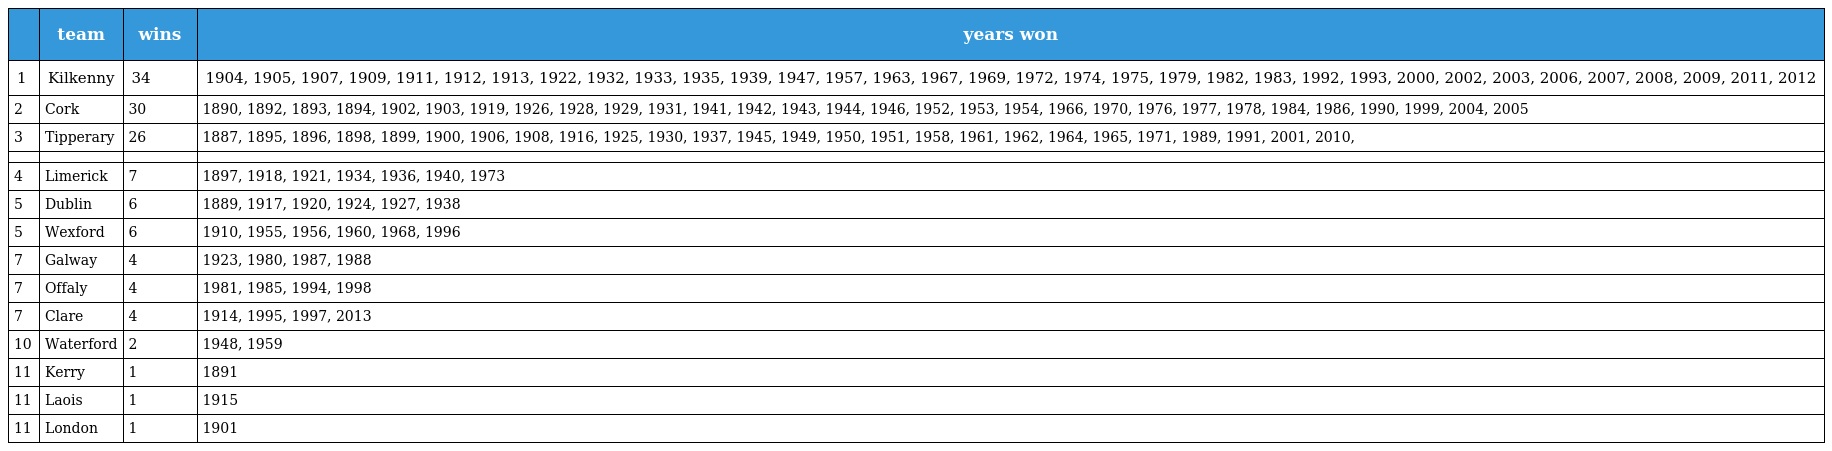
|  | team | wins | years won |
 | --- | --- | --- | --- |
 | 1 | Kilkenny | 34 | 1904, 1905, 1907, 1909, 1911, 1912, 1913, 1922, 1932, 1933, 1935, 1939, 1947, 1957, 1963, 1967, 1969, 1972, 1974, 1975, 1979, 1982, 1983, 1992, 1993, 2000, 2002, 2003, 2006, 2007, 2008, 2009, 2011, 2012 |
 | 2 | Cork | 30 | 1890, 1892, 1893, 1894, 1902, 1903, 1919, 1926, 1928, 1929, 1931, 1941, 1942, 1943, 1944, 1946, 1952, 1953, 1954, 1966, 1970, 1976, 1977, 1978, 1984, 1986, 1990, 1999, 2004, 2005 |
 | 3 | Tipperary | 26 | 1887, 1895, 1896, 1898, 1899, 1900, 1906, 1908, 1916, 1925, 1930, 1937, 1945, 1949, 1950, 1951, 1958, 1961, 1962, 1964, 1965, 1971, 1989, 1991, 2001, 2010, |
 |  |  |  |  |
 | 4 | Limerick | 7 | 1897, 1918, 1921, 1934, 1936, 1940, 1973 |
 | 5 | Dublin | 6 | 1889, 1917, 1920, 1924, 1927, 1938 |
 | 5 | Wexford | 6 | 1910, 1955, 1956, 1960, 1968, 1996 |
 | 7 | Galway | 4 | 1923, 1980, 1987, 1988 |
 | 7 | Offaly | 4 | 1981, 1985, 1994, 1998 |
 | 7 | Clare | 4 | 1914, 1995, 1997, 2013 |
 | 10 | Waterford | 2 | 1948, 1959 |
 | 11 | Kerry | 1 | 1891 |
 | 11 | Laois | 1 | 1915 |
 | 11 | London | 1 | 1901 |